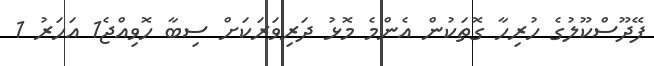
ފޭދޫސްކޫލުގެ ހުރިހާ ގޮތަކުން އެންމެ މޮޅު ދަރިވަރަކަށް ސިބާ ހޮވިއްޖެ1 އަހަރު 1